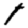
Digit: 1